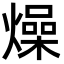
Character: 燥